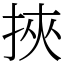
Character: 挾